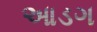
આડગ